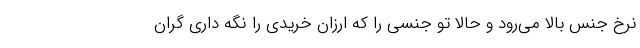
نرخ جنس بالا می‌رود و حالا تو جنسی را که ارزان خریدی را نگه داری گران